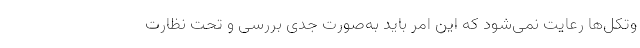
وتکل‌ها رعایت نمی‌شود که این امر باید به‌صورت جدی بررسی و تحت نظارت